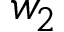
w _ { 2 }